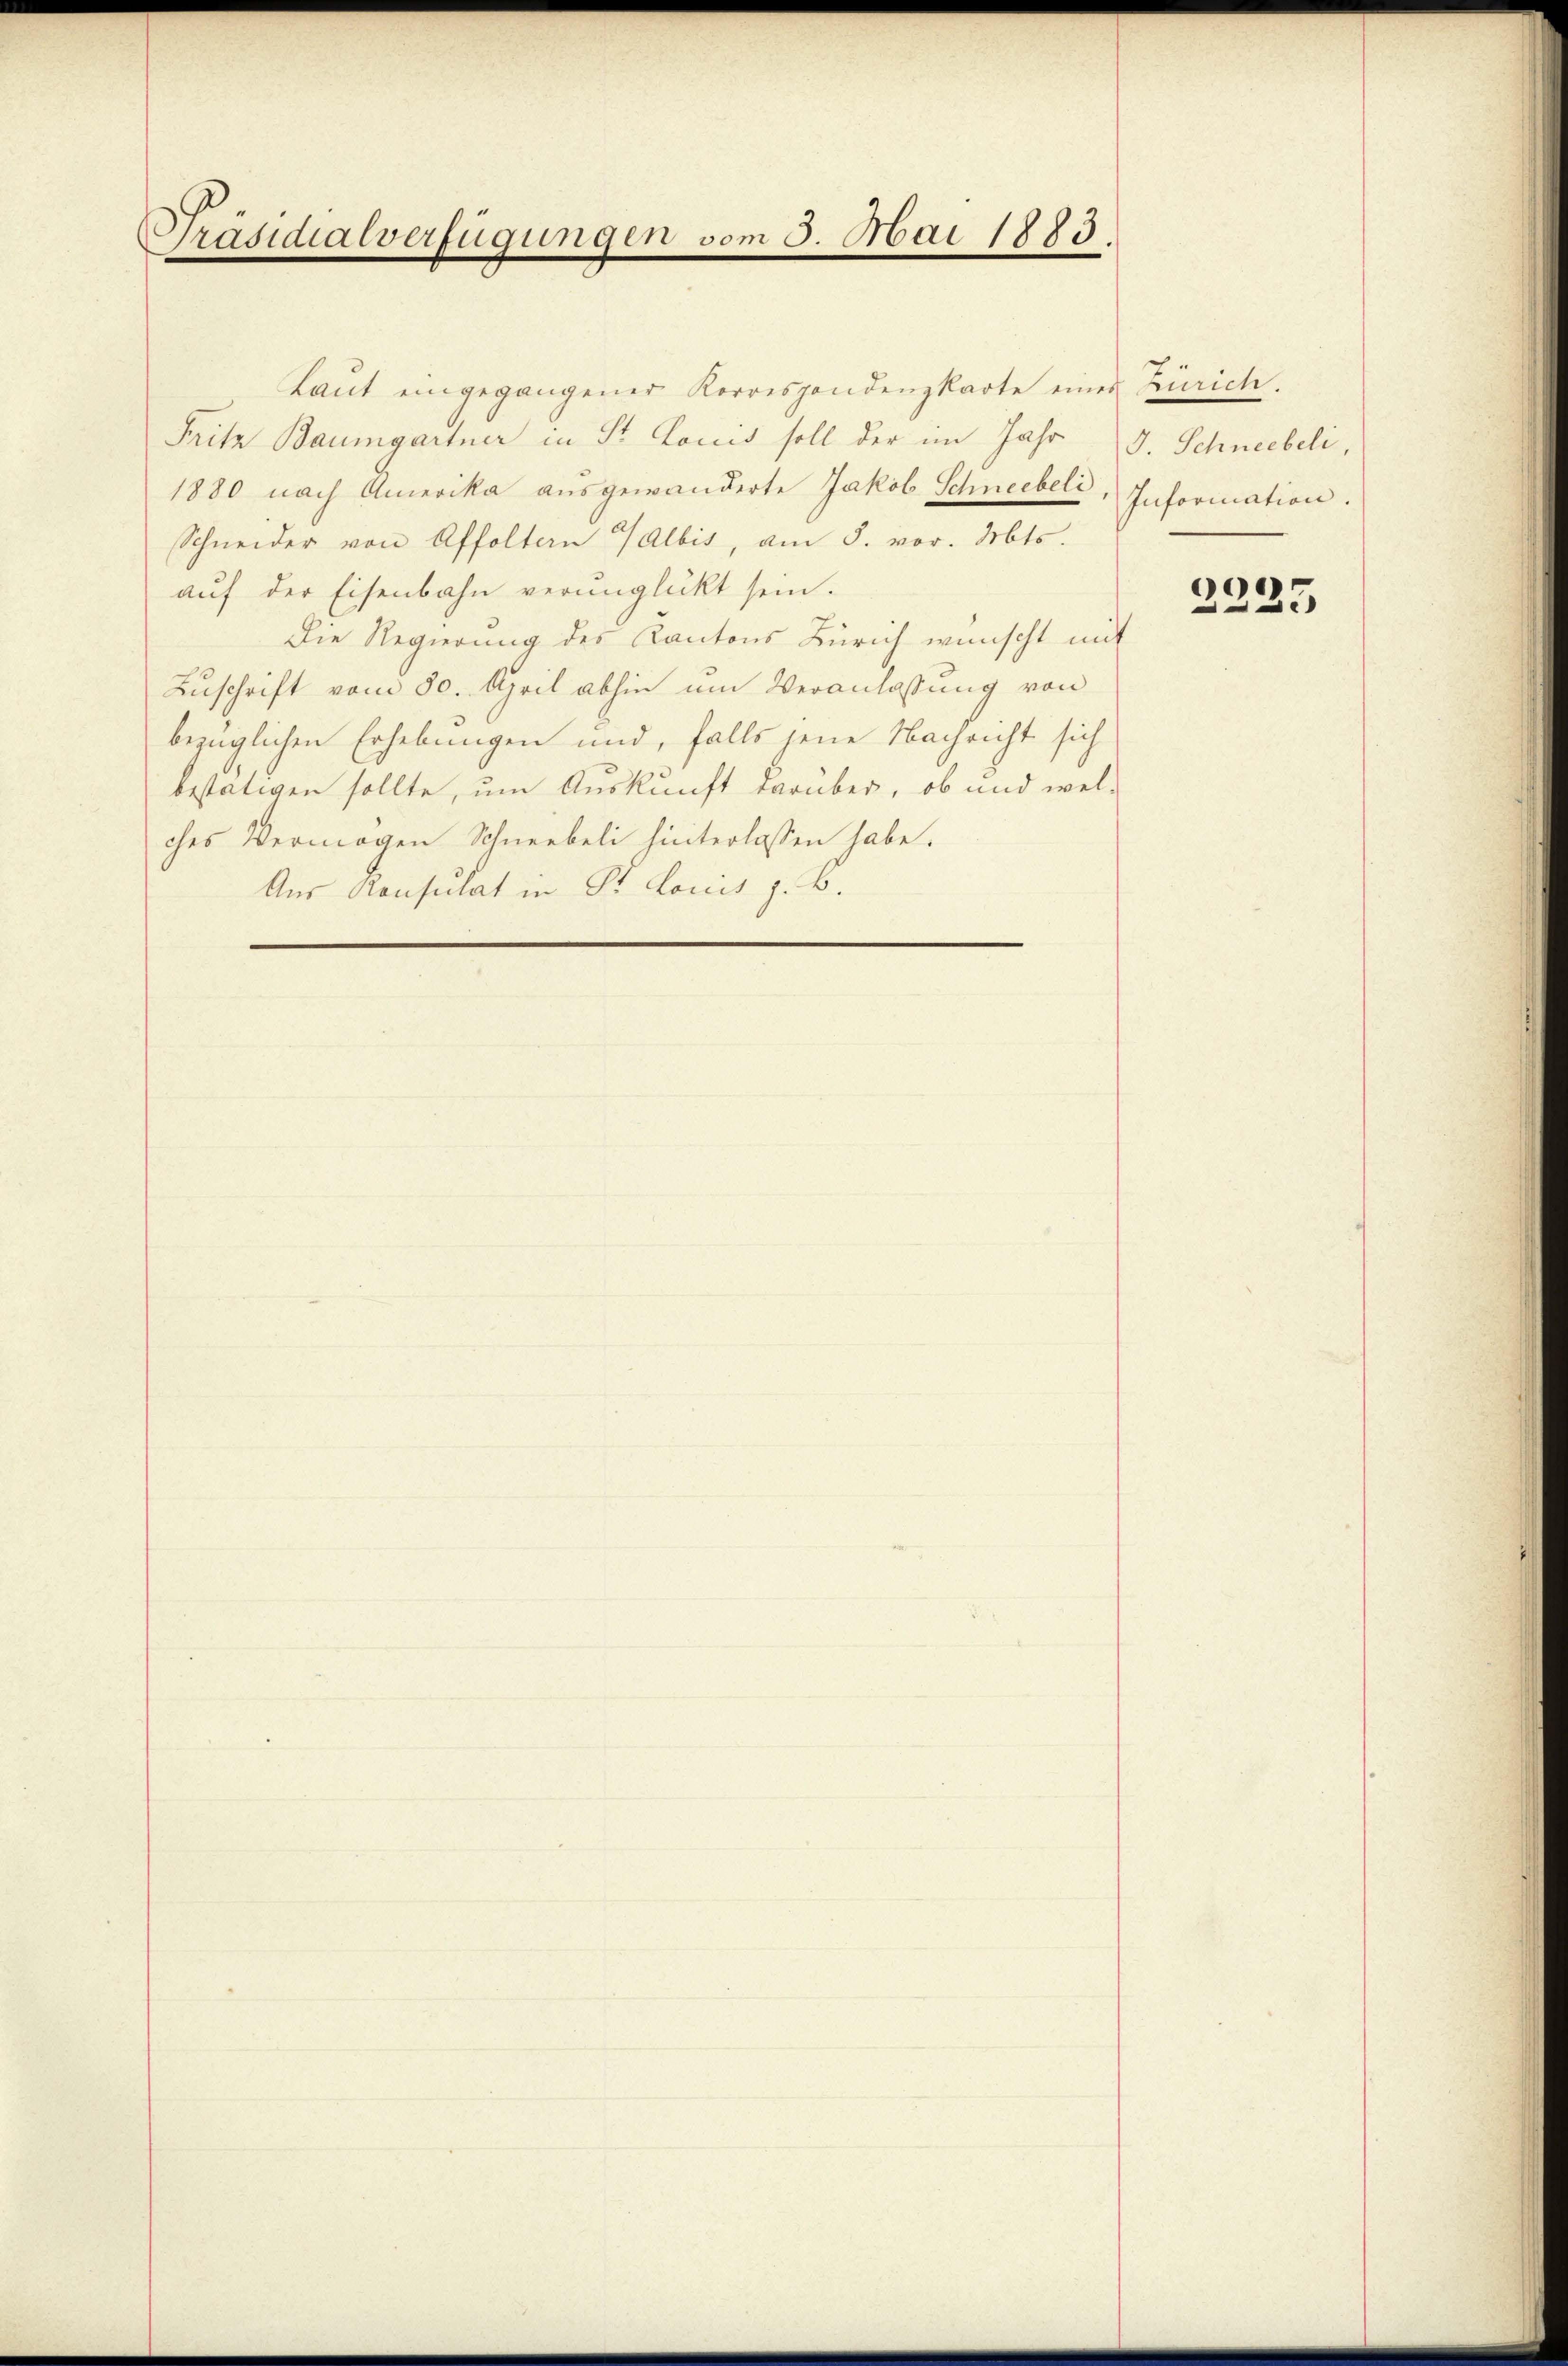
Präsidialverfügungen vom 5. Mai 1883.

Laut eingegangener Korrespondenzkarte eines Zürich.
Fritz Baumgartner in St. Lociis soll der im Jahr J. Schneebeli,
1880 nach Amerika ausgewanderte Jakob Schneebeli,
Schneider von Affoltern Albis, am 5. vor. Mts.
auf der Eisenbahn verunglückt sein.
Die Regierung des Kantons Zürich wünscht mit
Zuschrift vom 30. April abhin um Veranlassung von
bezüglichen Erhebungen und, falls jene Nachricht sich
bestätigen sollte, um Auskunft darüber, ob und welches Vermögen Schneebeli hinterlassen habe.
Aus Konsulat in Pr. Lonis z. B.

Information.

2225